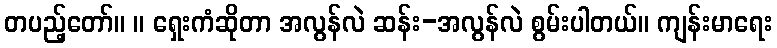
တပည့်တော်။ ။ ရှေးကံဆိုတာ အလွန်လဲ ဆန်း-အလွန်လဲ စွမ်းပါတယ်။ ကျန်းမာရေး